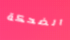
الضحكة